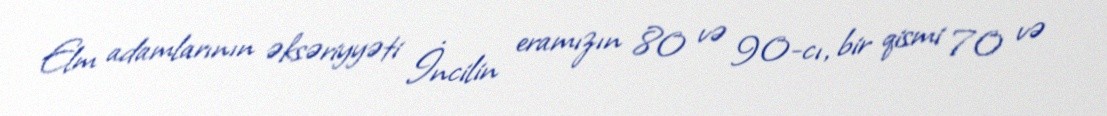
Elm adamlarının əksəriyyəti İncilin eramızın 80 və 90-cı, bir qismi 70 və